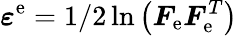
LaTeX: \boldsymbol{\varepsilon}^{\mathrm{e}}=1/2\ln\left(\boldsymbol{F}_{\mathrm{{\mathrm{e}}}}\boldsymbol{F}_{\mathrm{{\mathrm{e}}}}^{T}\right)